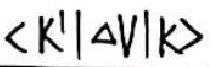
$\langle k'|\Delta V|k\rangle$